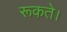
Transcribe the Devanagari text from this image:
रूकते।